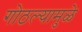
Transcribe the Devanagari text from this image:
गोठल्यामुळे